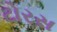
ટોરસ